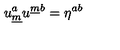
u _ { \underline { { m } } } ^ { a } u ^ { \underline { { m } } b } = \eta ^ { a b } \qquad